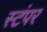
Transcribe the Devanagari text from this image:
स्टंपर